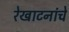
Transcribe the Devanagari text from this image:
रेखाटनांचे